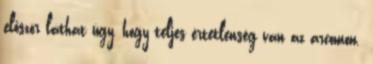
először láthat úgy, hogy teljes értetlenség van az arcomon.